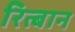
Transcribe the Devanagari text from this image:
रित्बान